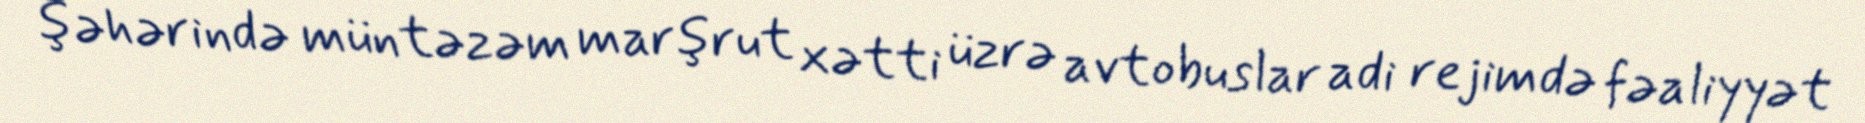
şəhərində müntəzəm marşrut xətti üzrə avtobuslar adi rejimdə fəaliyyət